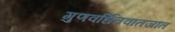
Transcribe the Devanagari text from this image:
गुणवर्धितवातजात